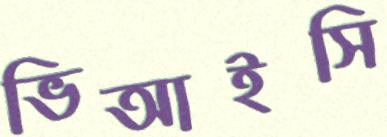
ভিআইসি